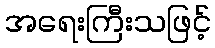
အရေးကြီးသဖြင့်